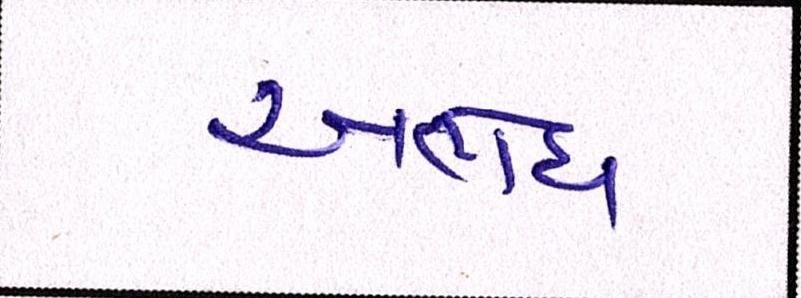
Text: અભેધ